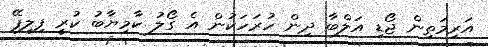
އަރިމަތިން ޖޯޑި އަލްބާ ދިން ހުރަހަކުން އެ ގޯލު ކާމިޔާބު ކުރީ ފިލިޕޭ